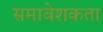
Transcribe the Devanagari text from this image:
समावेशकता